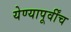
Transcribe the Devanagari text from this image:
येण्यापूर्वींच